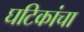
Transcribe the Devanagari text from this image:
घटिकांचा